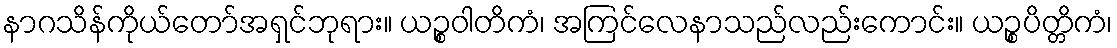
နာဂသိန်ကိုယ်တော်အရှင်ဘုရား။ ယဉ္စဝါတိကံ၊ အကြင်လေနာသည်လည်းကောင်း။ ယဉ္စပိတ္တိကံ၊